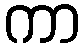
ကာ